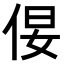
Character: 𪜿